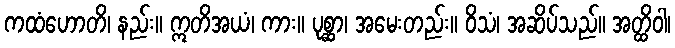
ကထံဟောတိ၊ နည်း။ ဣတိအယံ၊ ကား။ ပုစ္ဆာ၊ အမေးတည်း။ ဝိသံ၊ အဆိပ်သည်။ အတ္ထိဝါ၊